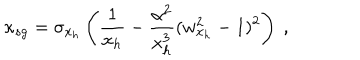
\kappa _ { s g } = \sigma _ { x _ { h } } \left( \frac { 1 } { x _ { h } } - \frac { \alpha ^ { 2 } } { x _ { h } ^ { 3 } } ( w _ { x _ { h } } ^ { 2 } - 1 ) ^ { 2 } \right) \ ,